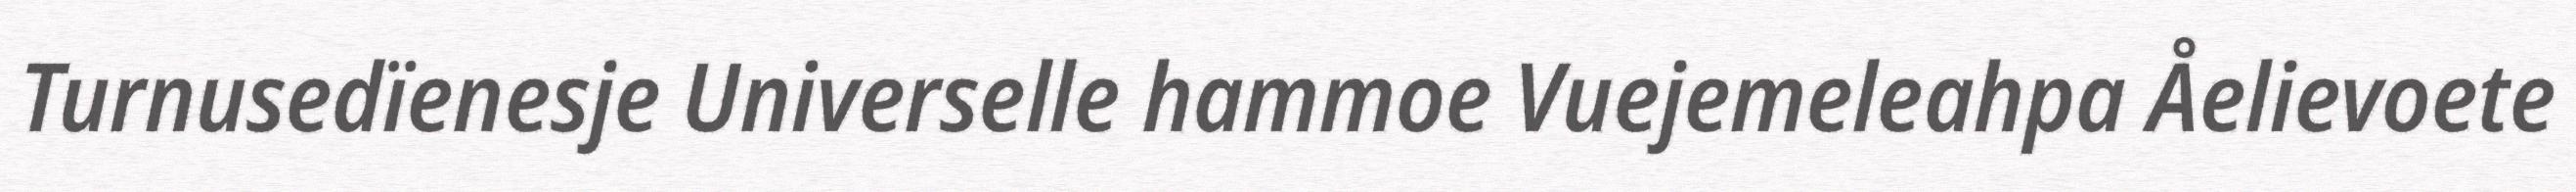
Turnusedïenesje Universelle hammoe Vuejemeleahpa Åelievoete